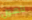
للهول